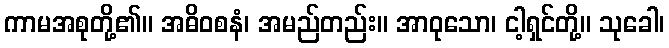
ကာမအစုတို့၏။ အဓိဝစနံ၊ အမည်တည်း။ အာဝုသော၊ ငါ့ရှင်တို့။ သုခေါ၊